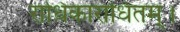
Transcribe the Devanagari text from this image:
राधिकाराधितम्।